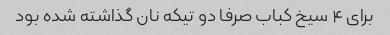
برای ۴ سیخ کباب صرفا دو تیکه نان گذاشته شده بود